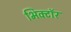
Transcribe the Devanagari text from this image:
भिक्टॉर